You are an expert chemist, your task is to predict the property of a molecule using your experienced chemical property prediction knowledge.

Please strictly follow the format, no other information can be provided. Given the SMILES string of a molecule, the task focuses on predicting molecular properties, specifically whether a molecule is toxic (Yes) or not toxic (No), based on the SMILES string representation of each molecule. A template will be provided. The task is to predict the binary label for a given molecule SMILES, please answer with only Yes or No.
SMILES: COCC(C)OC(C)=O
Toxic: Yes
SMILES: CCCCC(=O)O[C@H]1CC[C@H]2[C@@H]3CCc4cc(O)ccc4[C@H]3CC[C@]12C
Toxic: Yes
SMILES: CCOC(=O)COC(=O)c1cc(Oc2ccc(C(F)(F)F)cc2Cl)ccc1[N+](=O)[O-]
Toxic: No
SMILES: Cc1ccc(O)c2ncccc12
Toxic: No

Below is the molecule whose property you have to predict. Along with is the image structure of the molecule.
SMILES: ClCC(Cl)Cl
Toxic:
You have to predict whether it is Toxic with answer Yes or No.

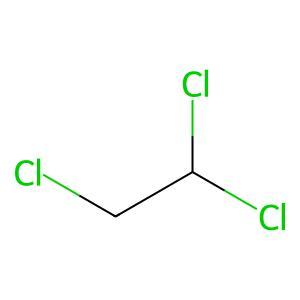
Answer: No